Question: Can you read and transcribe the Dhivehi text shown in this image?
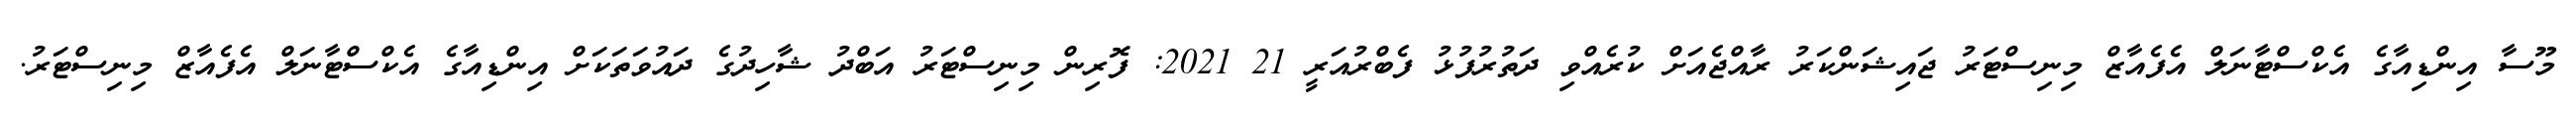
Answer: މޫސާ އިންޑިއާގެ އެކްސްޓާނަލް އެފެއާޒް މިނިސްޓަރު ޖައިޝަންކަރު ރާއްޖެއަށް ކުރެއްވި ދަތުރުފުޅު ފެބްރުއަރީ 21 2021: ފޮރިން މިނިސްޓަރު އަބްދު ޝާހިދުގެ ދައުވަތަކަށް އިންޑިއާގެ އެކްސްޓާނަލް އެފެއާޒް މިނިސްޓަރު.